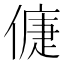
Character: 𠌿